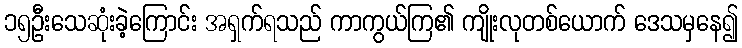
၁၅ဦးသေဆုံးခဲ့ကြောင်း အရှက်ရသည် ကာကွယ်ကြ၏ ကျိုးလုတစ်ယောက် ဒေသမှနေ၍